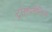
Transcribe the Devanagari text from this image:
ट्रांसवर्सैलिस